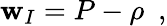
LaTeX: \mathbf{w}_{I}=P-\rho\ \ ,